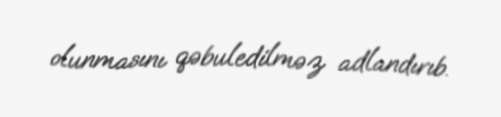
olunmasını qəbuledilməz adlandırıb.